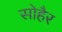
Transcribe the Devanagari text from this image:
सोहैर